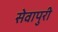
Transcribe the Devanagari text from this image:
सेवापुरी